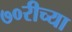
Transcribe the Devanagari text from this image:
७०रीच्या